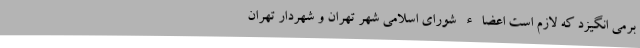
برمی انگیزد که لازم است اعضاء شورای اسلامی شهر تهران و شهردار تهران